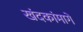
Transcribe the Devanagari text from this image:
खंदकांमागे